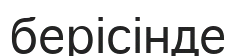
берісінде